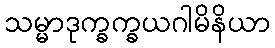
သမ္မာဒုက္ခက္ခယဂါမိနိယာ